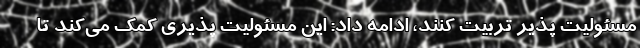
مسئولیت پذیر تربیت کنند، ادامه داد: این مسئولیت پذیری کمک می‌کند تا